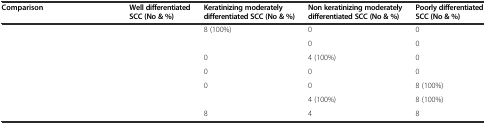
<table><thead><tr><td colspan="2"><b>Comparison</b></td><td><b>Well differentiated SCC (No &amp; %)</b></td><td><b>Keratinizing moderately differentiated SCC (No &amp; %)</b></td><td><b>Non keratinizing moderately differentiated SCC (No &amp; %)</b></td><td><b>Poorly differentiated SCC (No &amp; %)</b></td></tr></thead><tbody><tr><td rowspan="2">[EMPTY_CELL]</td><td>[EMPTY_CELL]</td><td>[EMPTY_CELL]</td><td>8 (100%)</td><td>0</td><td>0</td></tr><tr><td>[EMPTY_CELL]</td><td>[EMPTY_CELL]</td><td>[EMPTY_CELL]</td><td>0</td><td>0</td></tr><tr><td rowspan="2">[EMPTY_CELL]</td><td>[EMPTY_CELL]</td><td>[EMPTY_CELL]</td><td>0</td><td>4 (100%)</td><td>0</td></tr><tr><td>[EMPTY_CELL]</td><td>[EMPTY_CELL]</td><td>0</td><td>0</td><td>0</td></tr><tr><td rowspan="2">[EMPTY_CELL]</td><td>[EMPTY_CELL]</td><td>[EMPTY_CELL]</td><td>0</td><td>0</td><td>8 (100%)</td></tr><tr><td>[EMPTY_CELL]</td><td>[EMPTY_CELL]</td><td>[EMPTY_CELL]</td><td>4 (100%)</td><td>8 (100%)</td></tr><tr><td colspan="2">[EMPTY_CELL]</td><td>[EMPTY_CELL]</td><td>8</td><td>4</td><td>8</td></tr></tbody></table>